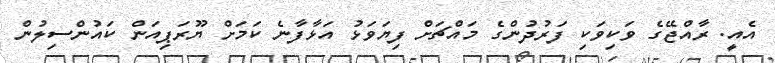
އެއީ. ރާއްޖޭގެ ވަކިވަކި ފަރުދުންގެ މައްޗަށް ފިޔަވަޅު އަޅާފާނެ ކަމަށް ޔޫރަޕިއަން ކައުންސިލުން